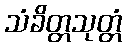
သံခိတ္တသုတ္တံ